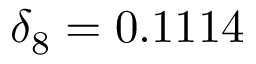
\delta _ { 8 } = 0 . 1 1 1 4